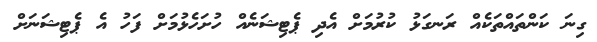
ގިނަ ކަންތައްތަކެއް ރަނގަޅު ކުރުމަށް އެދި ޕެޓިޝަނެއް ހުށަހެޅުމަށް ފަހު އެ ޕެޓިޝަނަށް